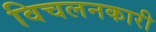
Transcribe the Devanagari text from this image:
विचलनकारी